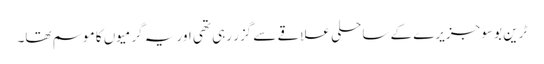
ٹرین بوسو جزیرے کے ساحلی علاقے سے گزر رہی تھی اور یہ گرمیوں کا موسم تھا۔